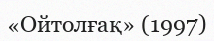
«Ойтолғақ» (1997)